Insane asylums Bombay 1873-77 - 1873-1877
Year: 1873
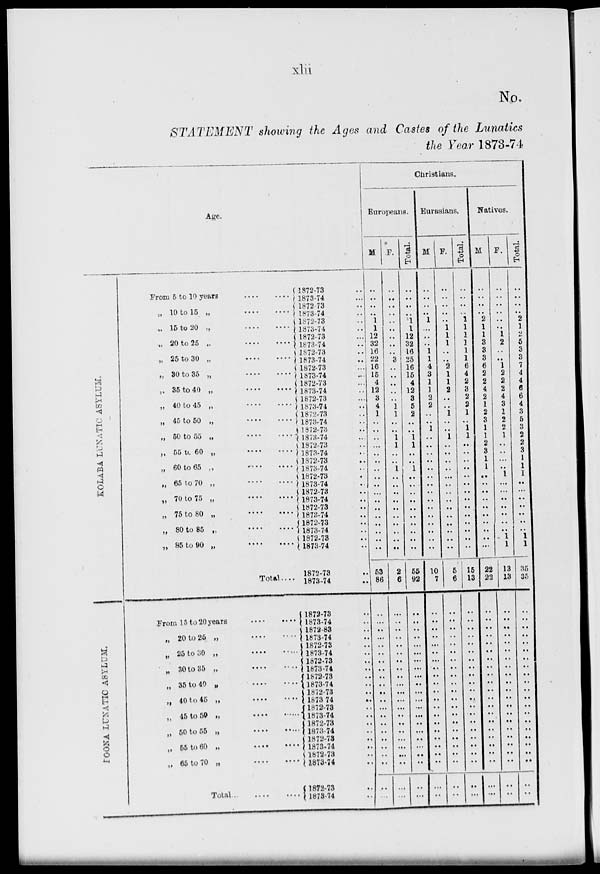
xlii
No.
STATEMENT showing the Ages and Castes of the Lunatics
the Year 1873-74
Age.
KOLABA LUNATIC ASYLUM.
POONA
LUNATIC ASYLUM.
From 5 to 10 years .... ....
„ 10 to 15 „
....
....
„ 15 to 20
..
....
....
„ 20 to 25
„
....
....
„ 25 to 30 „
....
....
„ 30 to 35 „
....
....
„ 35 to 40 „
....
.....
„ 40 to 45 „
....
....
„ 45 to 50 „
....
....
„ 50 to 55 „ ....
.. 55 to 60 „
....
.....
„ 60 to 65
..
......
.....
„ 65 to 70 „
....
....
„ 70 to 75 „
.....
.....
„ 75 to 80 „
.....
......
„ 80 to 85 „
....
....
„ 85 to 90 „
....
....
Total....
From 15 to 20 years
....
....
„ 20 to 25 „
....
....
„ 25 to
30
..
....
....
„ 30 to 35 „
....
....
„ 35 to 40
„
....
....
„ 40
to
45
..
....
....
„ 45 to 50 „
....
....
„ 50 to 55 „
....
....
„ 55 to 60 „
....
....
„ 65 to 70 „
....
....
Total
...
....
....
1872-73 ..
1873-74 ..
1872-73 ..
1873-74 ..
1872-73 ..
1873-74 ..
1872-73 ..
1873-74 ..
1872-73 ..
1873-74 ..
1872-73 ..
1873-74 ..
1872-73 ..
1873-74 ..
1872-73 ..
1873-74 ..
1872-73 ..
1873-74 ..
1872-73 ..
1873-74 ..
1872-73 ..
1873-74 ..
1872-73 ..
1873-74 ..
1872-73 ..
1873-74 ..
1872-73 ..
1873-74 ..
1872-73 ..
1873-74 ..
1872-73 ..
1873-74 ..
1872-73 ..
1873-74 ..
1872-73 ..
1873-74 ..
1872-73 ..
1873-74 ..
1872-83 ..
1873-74 ..
1872-73 ..
1873-74 ..
1872-73 ..
1873-74 ..
1872-73 ..
1873-74 ..
1872-73 ..
1873 74 ..
1872-73 ..
1873-74 ..
1872-73 ..
1873-74 ..
1872-73 ..
1873-74 ..
1872-73 ..
1873-74 ..
1872-73 ..
1873-74 ..
Christians.
Europeans.
M
..
..
..
..
1
1
12
32
16
22
16
15
4
12
3
4
1
..
..
..
..
..
..
..
..
..
..
..
..
..
..
..
..
..
53
86
..
..
..
..
..
..
..
..
..
..
..
..
..
..
..
..
..
..
..
..
..
..
F.
..
..
..
..
..
..
..
..
..
3
..
..
..
..
..
1
1
..
..
1
1
..
..
1
..
..
..
..
..
..
..
..
..
..
2
6
..
..
..
..
..
..
..
..
..
..
..
..
..
..
..
..
..
..
..
..
..
..
Total.
..
..
..
..
1
1
12
32
16
25
16
15
4
12
3
5
2
..
..
1
1
..
..
1
..
..
..
..
..
..
..
..
..
..
55
92
..
..
..
..
..
..
..
..
..
..
..
..
..
..
..
..
..
..
..
..
..
..
Eurasians.
M
..
..
..
..
1
..
..
..
1
1
4
3
1
1
2
2
..
..
1
..
..
..
..
..
..
..
..
..
..
..
..
..
..
..
10
7
..
..
..
..
..
..
..
..
..
..
..
..
..
..
..
..
..
..
..
..
..
..
F.
..
..
..
..
..
1
1
1
..
..
2
1
1
2
..
..
1
..
..
1
..
..
..
..
..
..
..
..
..
..
..
..
..
..
5
6
..
..
..
..
..
..
..
..
..
..
..
..
..
..
..
..
..
..
..
..
..
..
Total.
..
..
..
..
1
1
1
1
1
1
6
4
2
3
2
2
1
..
1
1
..
..
..
..
..
..
..
..
..
..
..
..
..
..
15
13
..
..
..
..
..
..
..
..
..
..
..
..
..
..
..
..
..
..
..
..
..
..
Natives.
M
..
..
..
..
2
1
1
3
3
3
6
2
2
4
2
1
2
3
1
1
2
3
1
1
..
..
..
..
..
..
..
..
..
...
22
22
..
..
..
..
..
..
..
..
..
..
..
..
..
..
..
..
..
..
..
..
..
..
F.
..
..
..
..
..
..
1
2
..
..
1
2
2
2
4
3
1
2
2
1
..
..
..
..
1
..
..
..
..
..
..
..
1
1
13
13
..
..
..
..
..
..
..
..
..
..
..
..
..
..
..
..
..
..
..
..
..
..
Total.
..
..
..
..
2
1
2
5
3
3
7
4
4
6
6
4
3
5
3
2
2
3
1
1
1
..
..
..
..
..
..
..
1
1
35
35
..
..
..
..
..
..
..
..
..
..
..
..
..
..
..
..
..
..
..
..
..
..